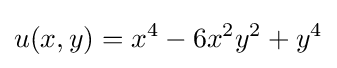
u(x,y)=x^{4}-6x^{2}y^{2}+y^{4}